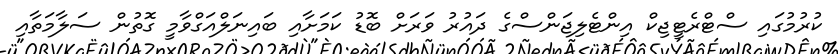
ކުރުމުގައި ސްޓްރެޓީޖިކް އިންޓެލިޖަންސްގެ ދައުރު ވަރަށް ބޮޑު ކަމަށާއި ބައިނަލްއަގްވާމީ ގޮތުން ސަލާމަތާއި